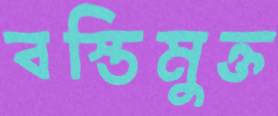
বস্তিমুক্ত